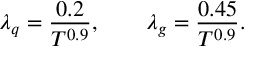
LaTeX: \, \lambda _ { q } = \frac { 0 . 2 } { T ^ { 0 . 9 } } , \qquad \lambda _ { g } = \frac { 0 . 4 5 } { T ^ { 0 . 9 } } .